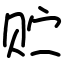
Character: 贮